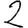
Digit: 2